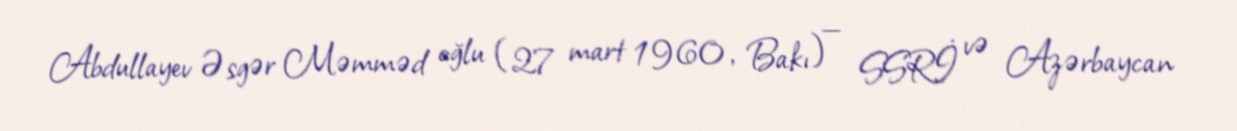
Abdullayev Əsgər Məmməd oğlu (27 mart 1960, Bakı) — SSRİ və Azərbaycan